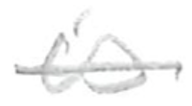
Text: is
Cross-out: single-line
Writing tool: pencil